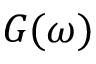
G ( \omega )